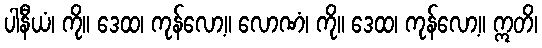
ပါနီယံ၊ ကို။ ဒေထ၊ ကုန်လော့။ လောဏံ၊ ကို။ ဒေထ၊ ကုန်လော့။ ဣတိ၊